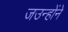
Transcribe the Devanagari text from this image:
जउन्होंने